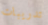
تدريبات